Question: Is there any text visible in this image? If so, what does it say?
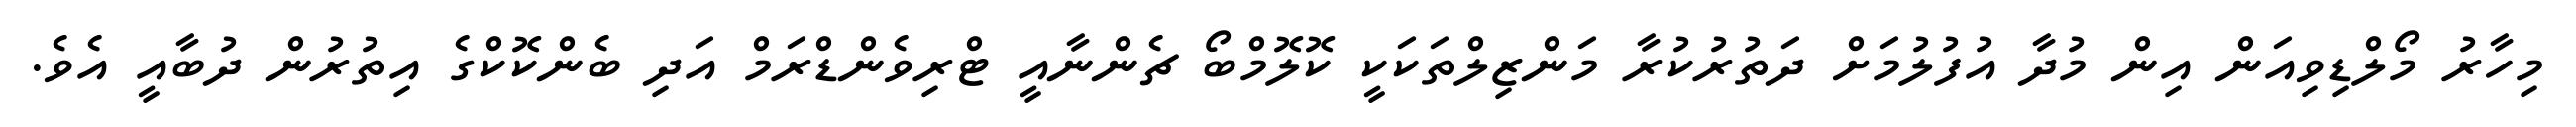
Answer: މިހާރު މޯލްޑިވިއަން އިން މުދާ އުފުލުމަށް ދަތުރުކުރާ މަންޒިލްތަކަކީ ކޮލޮމްބޯ ޗެންނާއީ ޓްރިވެންޑްރަމް އަދި ބެންކޮކްގެ އިތުރުން ދުބާއީ އެވެ.